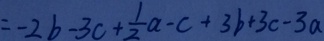
= - 2 b - 3 c + \frac { 1 } { 2 } a - c + 3 b + 3 c - 3 a